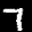
Label: 7